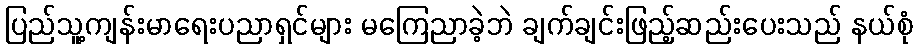
ပြည်သူ့ကျန်းမာရေးပညာရှင်များ မကြေညာခဲ့ဘဲ ချက်ချင်းဖြည့်ဆည်းပေးသည် နယ်စုံ